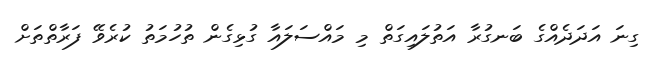
ގިނަ އަދަދެއްގެ ބަނގުރާ އަތުލައިގަތް މި މައްސަލައާ ގުޅިގެން ތުހުމަތު ކުރެވޭ ފަރާތްތަށް